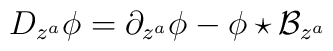
D_{z^a}\phi = \partial_{z^a}\phi-\phi\star\mathcal{B}_{z^a}